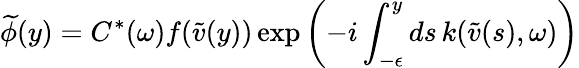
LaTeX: \widetilde{\phi}(y)=C^{*}(\omega)f(\widetilde{v}(y))\exp\left(-i\int_{-\epsilon}^{y}ds\, k(\widetilde{v}(s),\omega)\right)